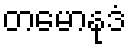
တမောနုဒံ